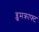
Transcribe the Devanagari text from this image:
ब्लूमक्राफ्ट